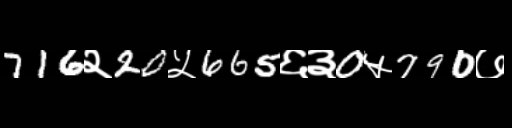
Text: 716२20५665६३0५790७